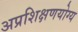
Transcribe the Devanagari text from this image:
अप्रशिक्षणयोग्य